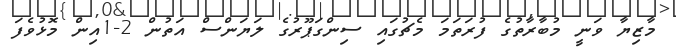
މާޒިޔާ ވަނީ މުބާރާތުގެ ފުރަތަމަ މެޗުގައި ސިންގަޕޫރުގެ ލަޔަންސް އަތުން 2-1އިން މޮޅުވެފަ